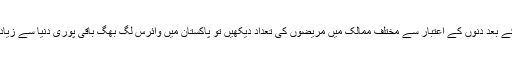
پہلا کیس رپورٹ ہونے کے بعد دنوں کے اعتبار سے مختلف ممالک میں مریضوں کی تعداد دیکھیں تو پاکستان میں وائرس لگ بھگ باقی پوری دنیا سے زیادہ تیزی سے پھیل رہا ہے۔